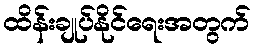
ထိန်းချုပ်နိုင်ရေးအတွက်